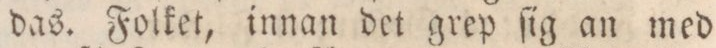
das. Folket, innan det grep ſig an med